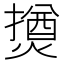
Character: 𱬐